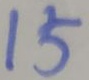
1 5